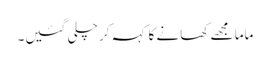
ماما مجھے کھانے کا کہہ کر چلی گئیں۔